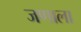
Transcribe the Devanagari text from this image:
जणाला